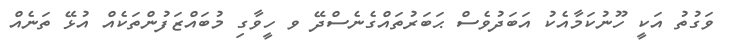
ވަގުތު އަކީ ހޫނުކަމާއެކު އަބަދުވެސް ޙަބަރުތައްގެނެސްދޭ ވ ހީވާގި މުބައްޒަފުންތަކެއް އުޅޭ ތަނެއް